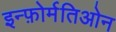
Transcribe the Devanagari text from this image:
इन्फ़ोर्मतिओन